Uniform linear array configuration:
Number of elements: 48
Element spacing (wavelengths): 0.25
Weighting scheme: exponential
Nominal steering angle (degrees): -30
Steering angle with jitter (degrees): -31.901
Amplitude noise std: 0.05
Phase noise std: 0.05

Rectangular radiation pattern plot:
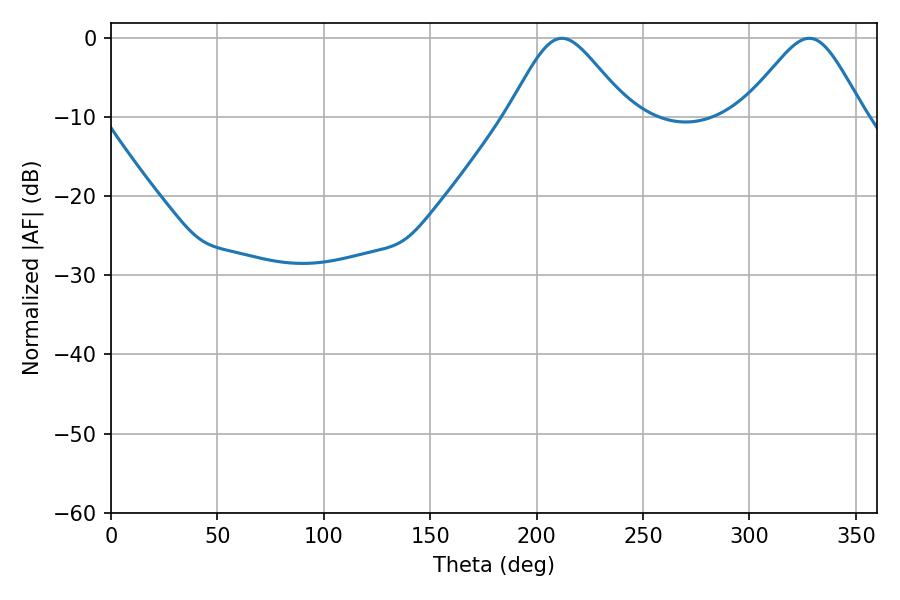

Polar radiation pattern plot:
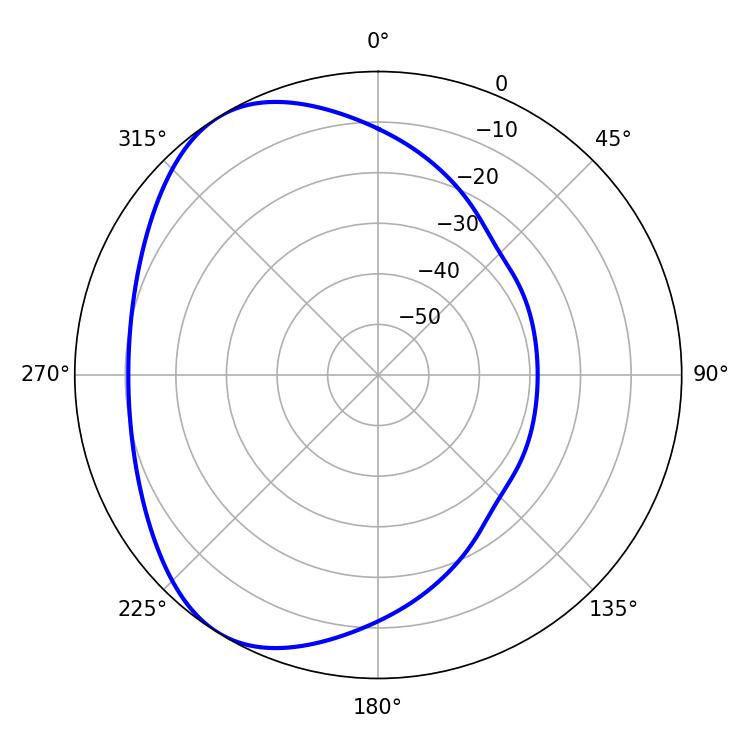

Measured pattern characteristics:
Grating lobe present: FALSE
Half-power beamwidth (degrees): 27.9
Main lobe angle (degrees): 211.86